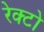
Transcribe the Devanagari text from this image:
रेक्टो